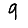
Digit: 9